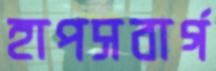
হাপসবার্গ